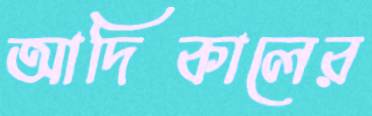
আদিকালের